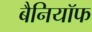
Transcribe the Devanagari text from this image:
बैनियॉफ